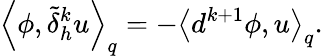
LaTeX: \left\langle\phi,\tilde{\delta}_{h}^{k}u\right\rangle_{q}=-\left\langle d^{k+1}\phi,u\right\rangle_{q}.